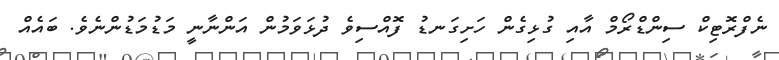
ނެފްރޮޓިކް ސިންޑްރޯމް އާއި ގުޅިގެން ހަށިގަނޑު ފޮއްސިވެ ދުޅަވަމުން އަންނާނީ މަޑުމަޑުންނެވެ. ބައެއް